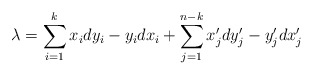
\begin{align*}\lambda = \sum_{i=1}^{k} x_idy_i -y_idx_i + \sum_{j=1}^{n-k} x'_jdy'_j-y'_jdx'_j\end{align*}